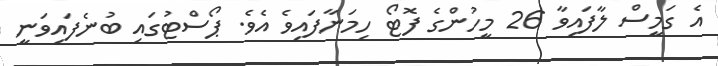
އެ ގަމީސް ލާފައިވާ 26 މީހުންގެ ފޮޓޯ ހިމަނާފައިވެ އެވެ. ޕޯސްޓުގައި ބުނެފައިވަނީ